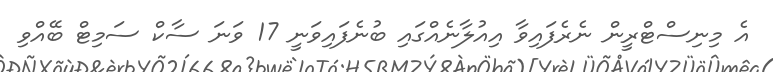
އެ މިނިސްޓްރީން ނެރެފައިވާ އިއުލާނެއްގައި ބުނެފައިވަނީ 17 ވަނަ ސާކް ސަމިޓް ބޭއްވި